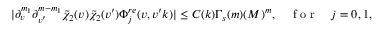
\begin{array} { r } { | \partial _ { v } ^ { m _ { 1 } } \partial _ { v ^ { \prime } } ^ { m - m _ { 1 } } \tilde { \chi } _ { 2 } ( v ) \tilde { \chi } _ { 2 } ( v ^ { \prime } ) \Phi _ { j } ^ { r e } ( v , v ^ { \prime } k ) | \leq C ( k ) \Gamma _ { s } ( m ) ( M ) ^ { m } , \quad \mathrm { ~ f ~ o ~ r ~ } \quad j = 0 , 1 , } \end{array}